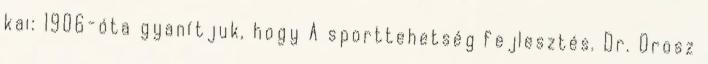
kai: 1906-óta gyanítjuk, hogy A sporttehetség fejlesztés. Dr. Orosz